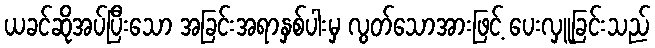
ယခင်ဆိုအပ်ပြီးသော အခြင်းအရာနှစ်ပါးမှ လွတ်သောအားဖြင့် ပေးလှူခြင်းသည်